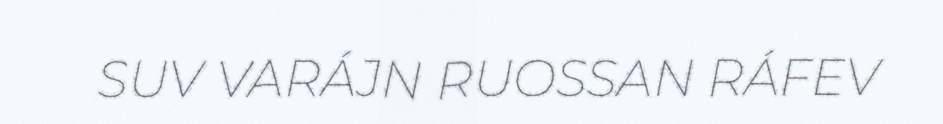
SUV VARÁJN RUOSSAN RÁFEV